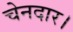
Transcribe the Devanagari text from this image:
चेनदार।